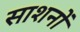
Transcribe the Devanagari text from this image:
साशनों